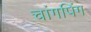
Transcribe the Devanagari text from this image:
चांगपिंग